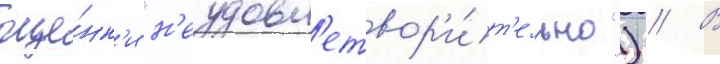
оце́нк'и "н'еудовл'етвор'и́т'ельно") // В